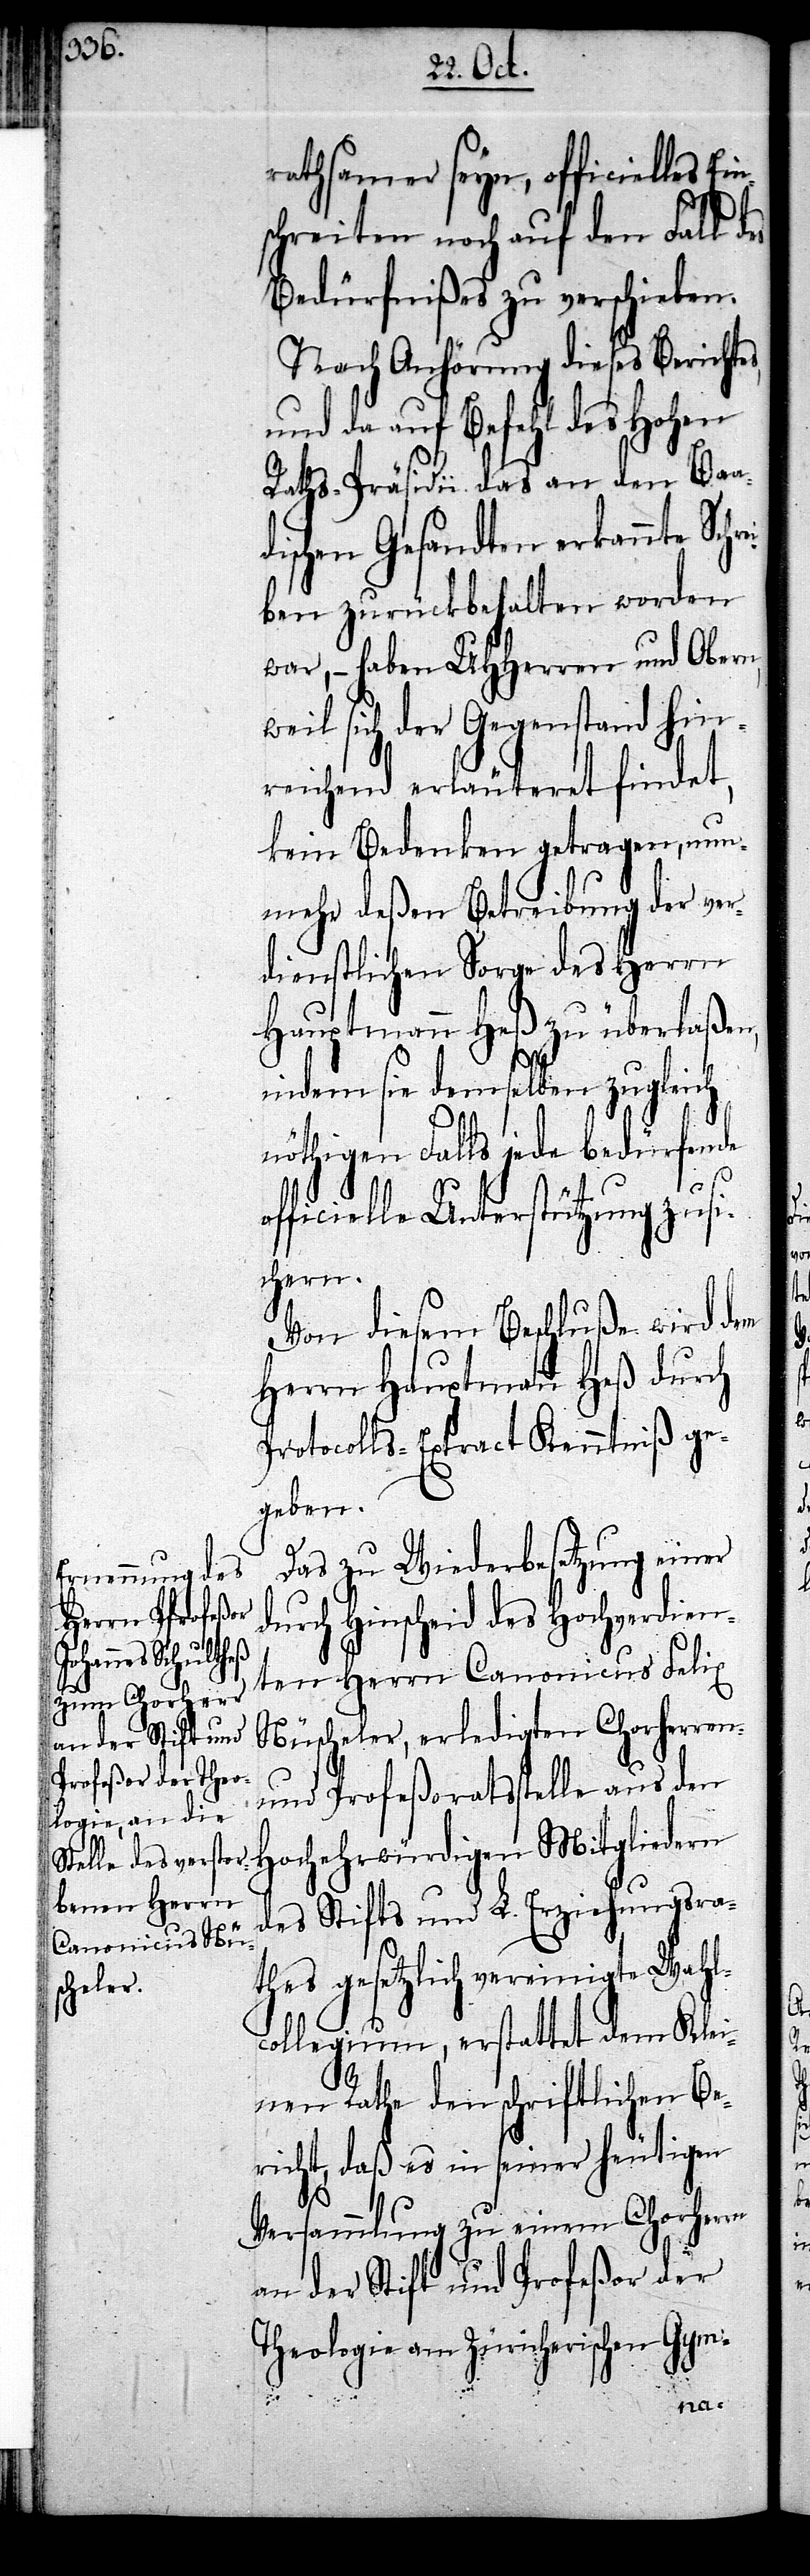
rathsamer seyn, officielles
schreiten noch auf den Fall des
Bedürfnißes zu verschieben.
Nach Anhörung des Berichte¬
da auf Befehl des Hohen
Raths-Präsidii das an den Baad¬
ischen Gesandten erkannte Schr¬
ben zurückbehalten worden
war, – haben UHHerren und Obern,
weil sich der Gegenstand hin¬
reichend erläuteret findet,
kein Bedenken getragen, nun¬
mehr deßen Betreibung der ver¬
dienstlichen Sorge des Herrn
Hauptmann Heß zu überlaßen,
indem sie demselben zugleich
nöthigen Falls jede bedürfende
officielle Unterstützun zusi¬
chern.
Von diesem Beschluße wird dem
Herrn Hauptmann Heß durch
Protocolls-Extract Kenntniß ge¬
geben.
Das zu Wiederbesetzung einer
durch Hinscheid des Hochverdien¬
ten Herrn Canonicus Felix
Nüscheler, erledigten Chorherren-
und Profeßoratsstelle aus den
Hochehrwürdigen Mitgliedern
des Stifts und L. Erziehungsra¬
thes gesetzlich vereinigte Wahl¬
collegium, erstattet dem Klei¬
nen Rathe den schriftlichen Be¬
richt, daß es in seiner heutigen
Versammlung zu einem Chorherrn
an der Stift und Profeßor der
Theologie am Züricherischen Gym-
s,
ei¬